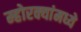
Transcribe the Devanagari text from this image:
म्होरक्यांमध्ये